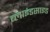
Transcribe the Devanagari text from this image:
ब्लाइंडसाइड